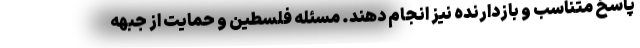
پاسخ متناسب و بازدارنده نیز انجام دهند. مسئله فلسطین و حمایت از جبهه